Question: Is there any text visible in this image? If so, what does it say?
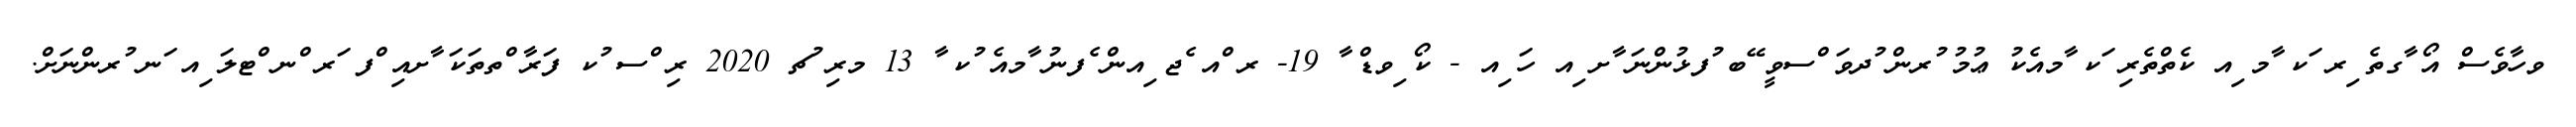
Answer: ވހާވެސް އޯ ާގތެ ިރ ަކ ާމ ިއ ކެތްތެރި ަކ ާމއެކު ޢުމު ުރން ުދވަ ްސވީ ޭބ ުފޅުންނަ ާށ ިއ ހަ ިއ - ކޯ ިވޑް ާ 19- ރ ްއ ެޖ ިއން ެފނު ާމއެ ުކ ާ 13 މރި ުޗ 2020 ރި ްސ ުކ ފަރާ ްތތަކަ ާށއި ްފ ަރ ްނ ްޓލަ ިއ ަނ ުރންނަށް.